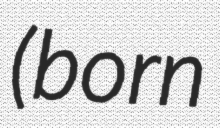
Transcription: (born